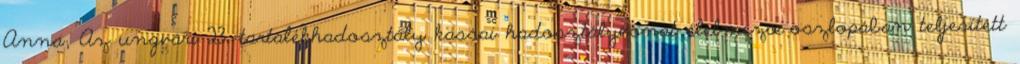
Anna; Az ungvári 23. tartalékhadosztály kassai hadosztályvonat élelmezœ-oszlopában teljesített